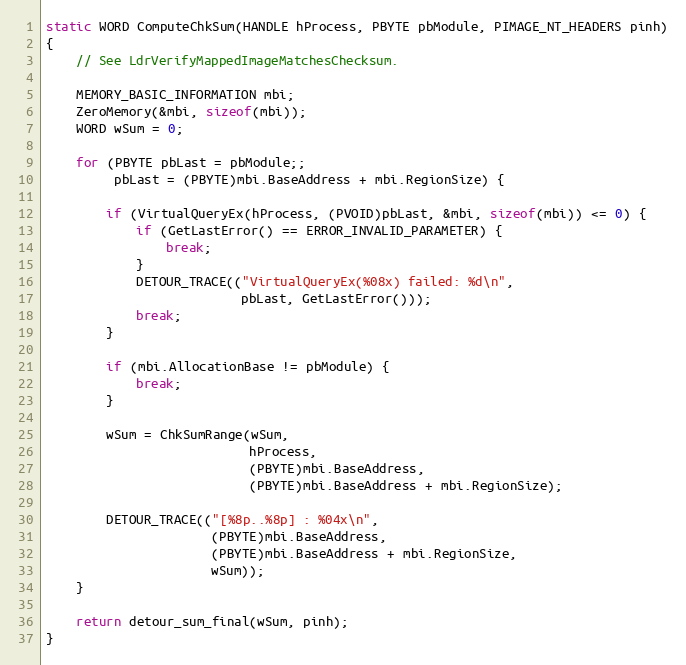
Language: C++
static WORD ComputeChkSum(HANDLE hProcess, PBYTE pbModule, PIMAGE_NT_HEADERS pinh)
{
    // See LdrVerifyMappedImageMatchesChecksum.

    MEMORY_BASIC_INFORMATION mbi;
    ZeroMemory(&mbi, sizeof(mbi));
    WORD wSum = 0;

    for (PBYTE pbLast = pbModule;;
         pbLast = (PBYTE)mbi.BaseAddress + mbi.RegionSize) {

        if (VirtualQueryEx(hProcess, (PVOID)pbLast, &mbi, sizeof(mbi)) <= 0) {
            if (GetLastError() == ERROR_INVALID_PARAMETER) {
                break;
            }
            DETOUR_TRACE(("VirtualQueryEx(%08x) failed: %d\n",
                          pbLast, GetLastError()));
            break;
        }

        if (mbi.AllocationBase != pbModule) {
            break;
        }

        wSum = ChkSumRange(wSum,
                           hProcess,
                           (PBYTE)mbi.BaseAddress,
                           (PBYTE)mbi.BaseAddress + mbi.RegionSize);

        DETOUR_TRACE(("[%8p..%8p] : %04x\n",
                      (PBYTE)mbi.BaseAddress,
                      (PBYTE)mbi.BaseAddress + mbi.RegionSize,
                      wSum));
    }

    return detour_sum_final(wSum, pinh);
}